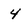
Character: 4